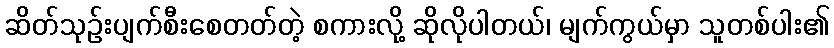
ဆိတ်သုဉ်းပျက်စီးစေတတ်တဲ့ စကားလို့ ဆိုလိုပါတယ်၊ မျက်ကွယ်မှာ သူတစ်ပါး၏